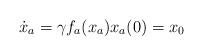
LaTeX: \begin{align*}\dot{x}_a = \gamma f_a(x_a)x_a(0) = x_0\end{align*}